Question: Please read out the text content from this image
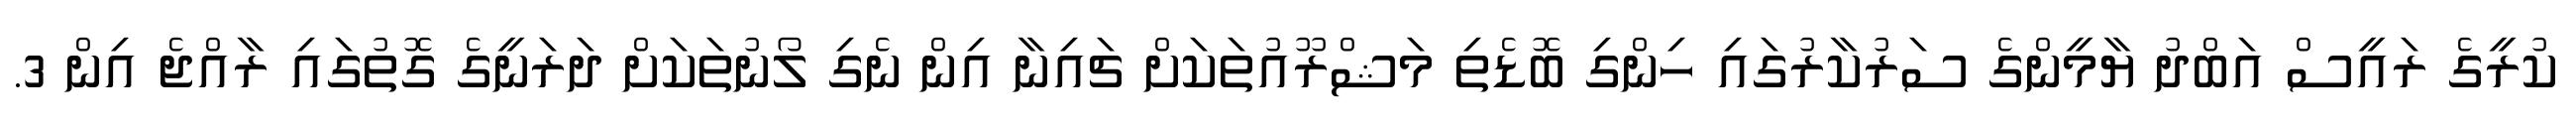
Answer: ކުރީގެ ރައީސް އަބްދު ޔާމީންގެ ސަރުކާރުގައި ހިންގި ބޮޑެތި މަޝްރޫއުތަކަށް ޗައިނާ އިން ނެގި ލޯނުތަކަށް ދަރަނީގެ ގޮތުގައި ރާއްޖެ އިން 3.